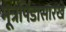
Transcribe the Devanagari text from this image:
मूत्रपिंडासारखे